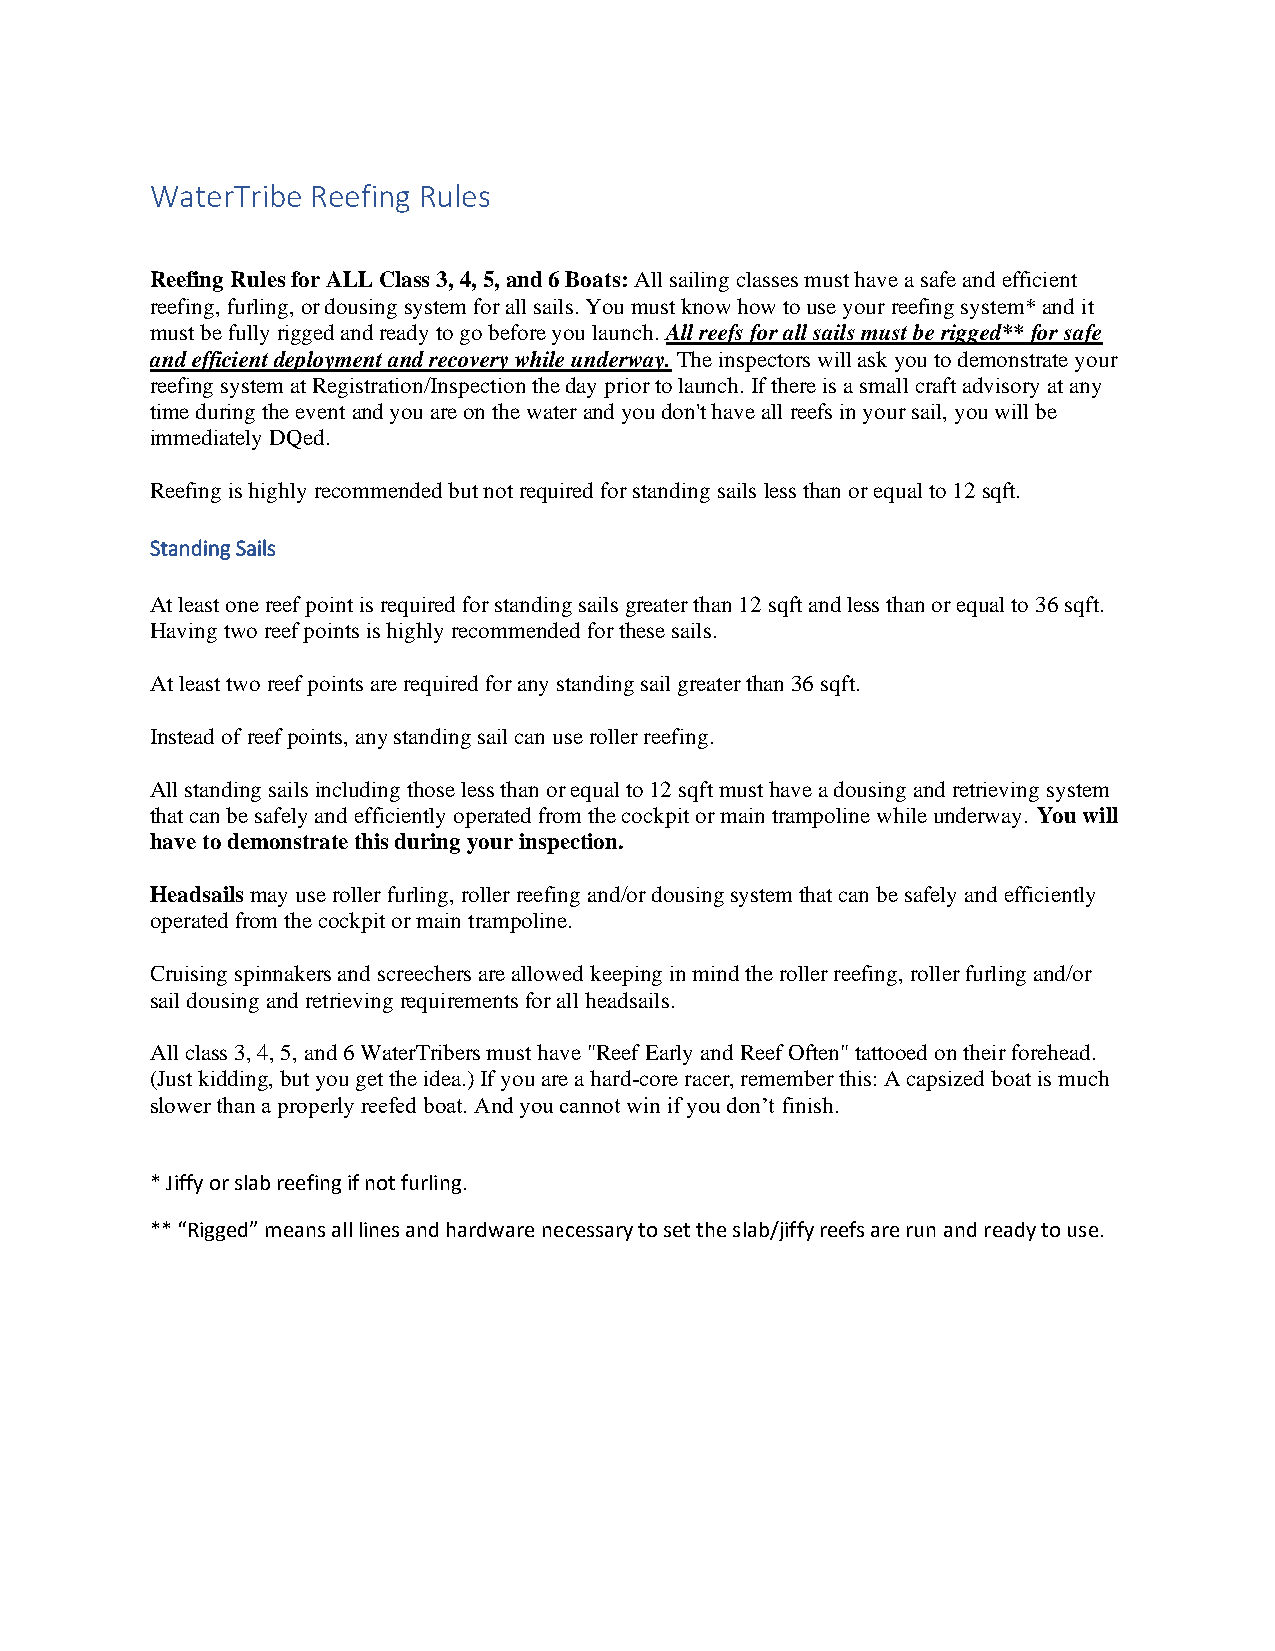
WaterTribe Reefing Rules
 Reefing Rules for ALL Class 3, 4, 5, and 6 Boats: All sailing classes must have a safe and efficient
 reefing, furling, or dousing system for all sails. You must know how to use your reefing system* and it
 must be fully rigged and ready to go before you launch. All reefs for all sails must be rigged** for safe
 and efficient deployment and recovery while underway. The inspectors will ask you to demonstrate your
 reefing system at Registration/Inspection the day prior to launch. If there is a small craft advisory at any
 time during the event and you are on the water and you don't have all reefs in your sail, you will be
 immediately DQed.
 Reefing is highly recommended but not required for standing sails less than or equal to 12 sqft.
 Standing Sails
 At least one reef point is required for standing sails greater than 12 sqft and less than or equal to 36 sqft.
 Having two reef points is highly recommended for these sails.
 At least two reef points are required for any standing sail greater than 36 sqft.
 Instead of reef points, any standing sail can use roller reefing.
 All standing sails including those less than or equal to 12 sqft must have a dousing and retrieving system
 that can be safely and efficiently operated from the cockpit or main trampoline while underway. You will
 have to demonstrate this during your inspection.
 Headsails may use roller furling, roller reefing and/or dousing system that can be safely and efficiently
 operated from the cockpit or main trampoline.
 Cruising spinnakers and screechers are allowed keeping in mind the roller reefing, roller furling and/or
 sail dousing and retrieving requirements for all headsails.
 All class 3, 4, 5, and 6 WaterTribers must have "Reef Early and Reef Often" tattooed on their forehead.
 (Just kidding, but you get the idea.) If you are a hard-core racer, remember this: A capsized boat is much
 slower than a properly reefed boat. And you cannot win if you don’t finish.
 * Jiffy or slab reefing if not furling.
 ** “Rigged” means all lines and hardware necessary to set the slab/jiffy reefs are run and ready to use.